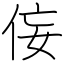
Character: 侫